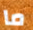
ما